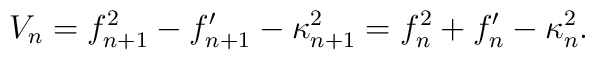
V_{n}=f_{n+1}^2-f_{n+1}^{\prime}-\kappa_{n+1}^{2}=  f_{n}^2+f_{n}^{\prime}-\kappa_{n}^{2}.